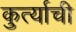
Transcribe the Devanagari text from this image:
कुर्त्याची